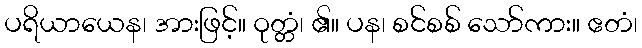
ပရိယာယေန၊ အားဖြင့်။ ဝုတ္တံ၊ ၏။ ပန၊ စင်စစ် သော်ကား။ ဧတံ၊